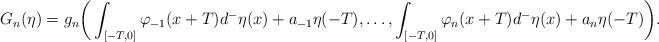
LaTeX: \begin{align*}G_n(\eta) = g_n\bigg(\int_{[-T,0]}\varphi_{-1}(x+T)d^-\eta(x) + a_{-1}\eta(-T),\ldots,\int_{[-T,0]}\varphi_n(x+T)d^-\eta(x) + a_n\eta(-T)\bigg).\end{align*}